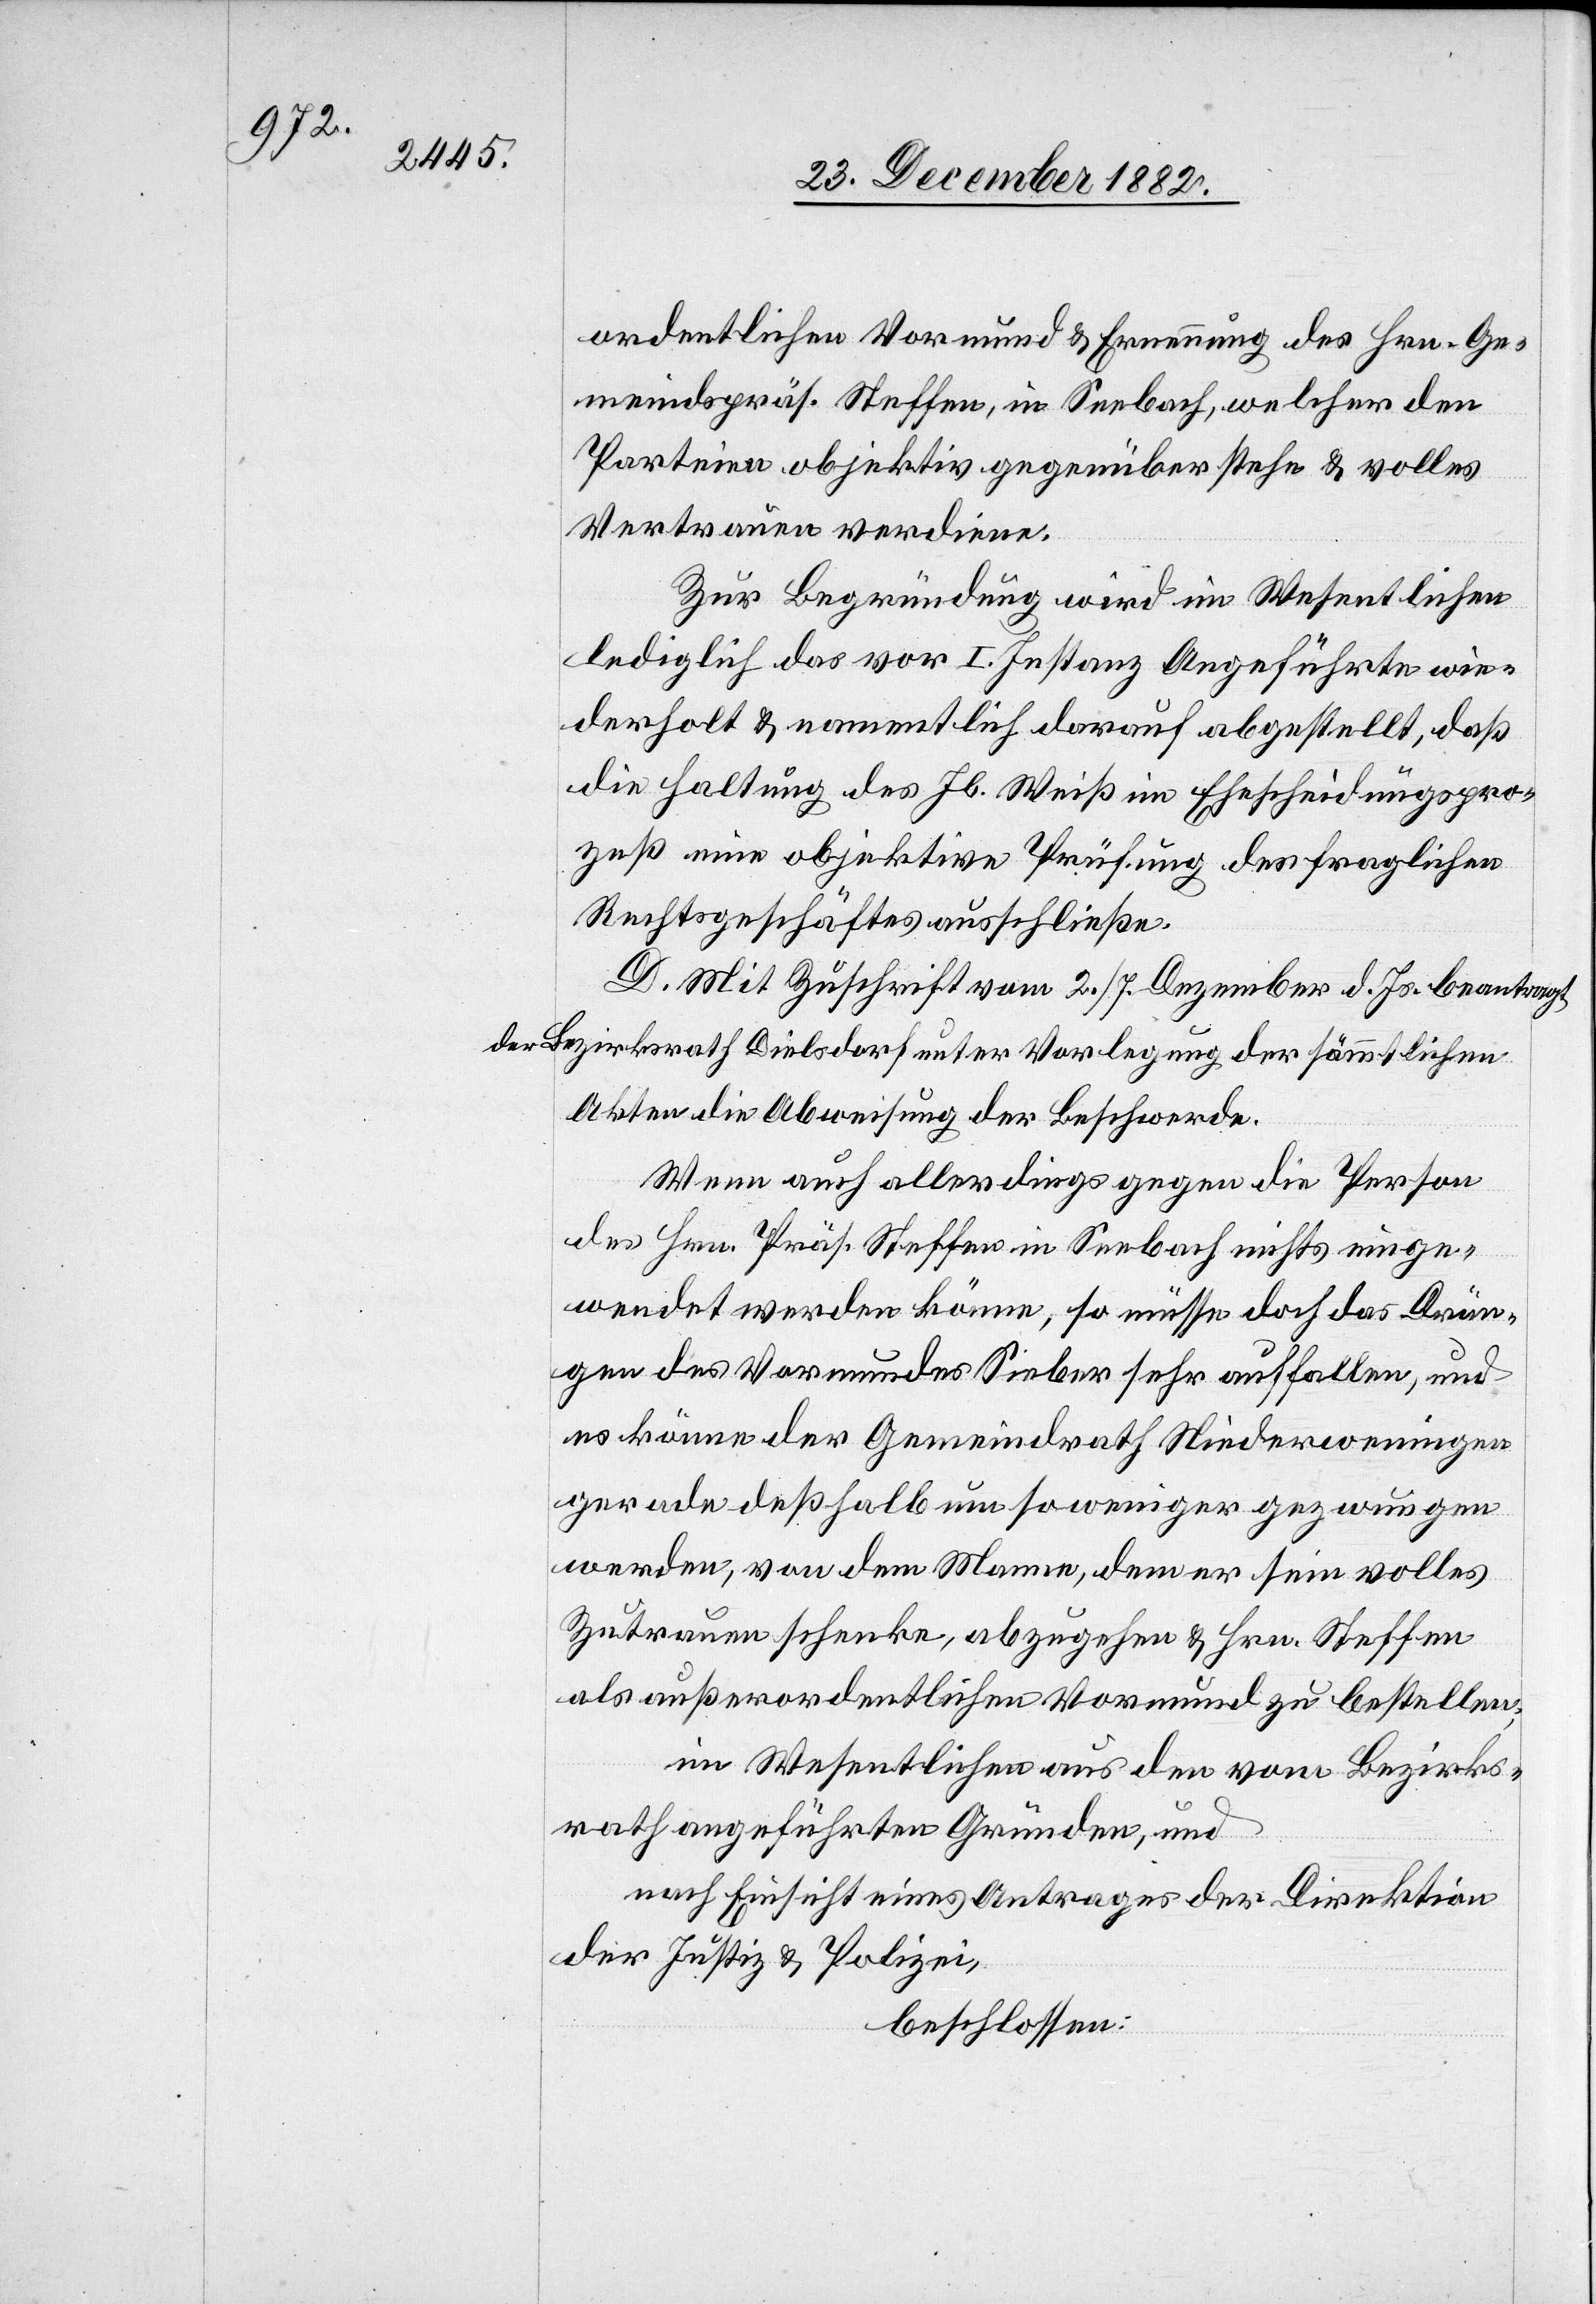
ordentlichen Vormund & Ernennung des Hrn. Ge¬
meindspräs. Steffen, in Seebach, welcher den
Parteien objektiv gegenüber stehe & volles
Vertrauen verdiene.
Zur Begründung wird im Wesentlichen
lediglich das vor I. Instanz Angeführte wie¬
derholt & namentlich darauf abgestellt, daß
die Haltung des Jb. Weiß im Ehescheidungspro¬
zeß eine objektive Prüfung des fraglichen
Rechtsgeschäftes ausschließe.
D. Mit Zuschrift vom 2./7. Dezember d. Js. beantragt
der Bezirksrath Dielsdorf unter Vorlegung der sämmtlichen
Akten die Abweisung der Beschwerde.
Wenn auch allerdings gegen die Person
des Hrn. Präs. Steffen in Seebach nichts einge¬
wendet werden könne, so müsse doch das Drän¬
gen des Vormundes Sieber sehr auffallen, und
es könne der Gemeindrath Niederweningen
gerade deßhalb um so weniger gezwungen
werden, von dem Manne, dem er sein volles
Zutrauen schenke, abzugehen & Hrn. Steffen
als außerordentlichen Vormund zu bestellen;
im Wesentlichen aus den vom Bezirks¬
rath angeführten Gründen, und
nach Einsicht eines Antrages der Direktion
der Justiz & Polizei,
beschlossen: